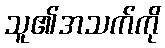
သူ၏အသက်ကို